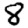
Digit: 8